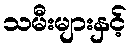
သမီးများနှင့်